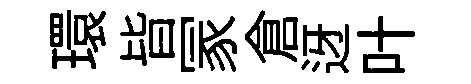
環𣅜冡倉迓叶